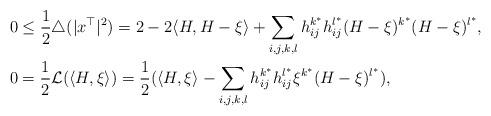
LaTeX: \begin{align*}&0\leq \frac{1}{2}\triangle(|x^{\top}|^{2})=2-2\langle H,H-\xi\rangle+\sum_{i,j,k,l}h_{ij}^{k^{*}}h_{ij}^{l^{*}}(H-\xi)^{k^{*}}(H-\xi)^{l^{*}},\\&0=\frac{1}{2}\mathcal{L}(\langle H,\xi\rangle)=\frac{1}{2}(\langle H,\xi\rangle-\sum_{i,j,k,l}h_{ij}^{k^{*}}h_{ij}^{l^{*}}\xi^{k^{*}}(H-\xi)^{l^{*}}),\end{align*}